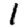
Digit: 1